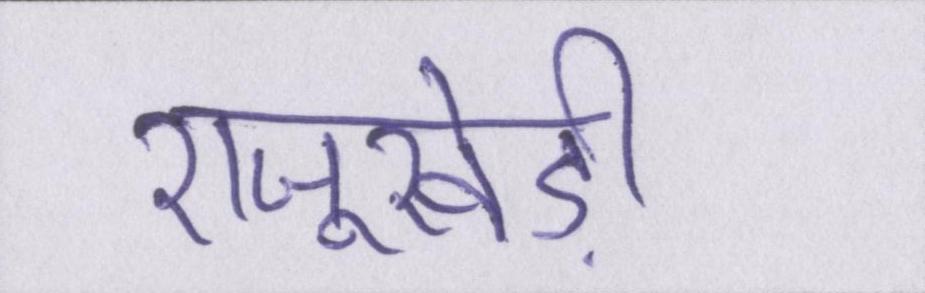
राजूखेड़ी